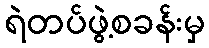
ရဲတပ်ဖွဲ့စခန်းမှ